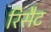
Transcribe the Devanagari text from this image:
रिसैट